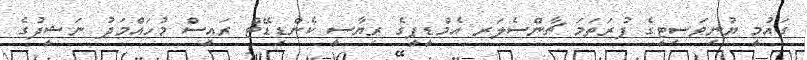
ގައުމީ ޔުނިވަސިޓީގެ ފުރަތަމަ ޗާންސެލަރ އެމްޑީޕީގެ ރިޔާސީ ކެންޑިޑޭޓް ރައީސް މުހައްމަދު ނަޝީދުގެ